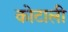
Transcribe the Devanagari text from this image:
कोटाली